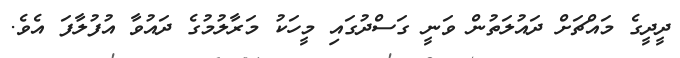
ދީދީގެ މައްޗަށް ދައުލަތުން ވަނީ ގަސްދުގައި މީހަކު މަރާލުމުގެ ދައުވާ އުފުލާފަ އެވެ.